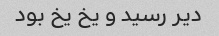
دیر رسید و یخ یخ بود